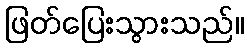
ဖြတ်ပြေးသွားသည်။